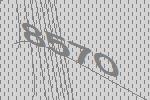
8570